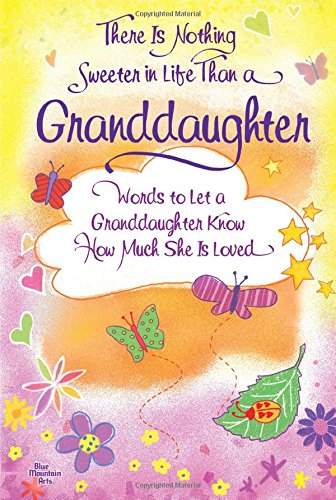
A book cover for There Is Nothing Sweeter in Life Than a Granddaughter: Words to Let a Granddaughter Know How Much She Is Loved; Ed. Patricia Wayant; Parenting & Relationships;